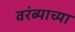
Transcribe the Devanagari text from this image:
वरंब्याच्या